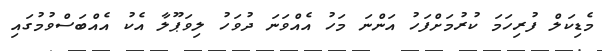
މެޑިކަލް ފުރިހަމަ ކުރުމަށްފަހު އަންނަ މަހު އެއްވަނަ ދުވަހު ލިވަޕޫލާ އެކު އެއްބަސްވުމުގައި